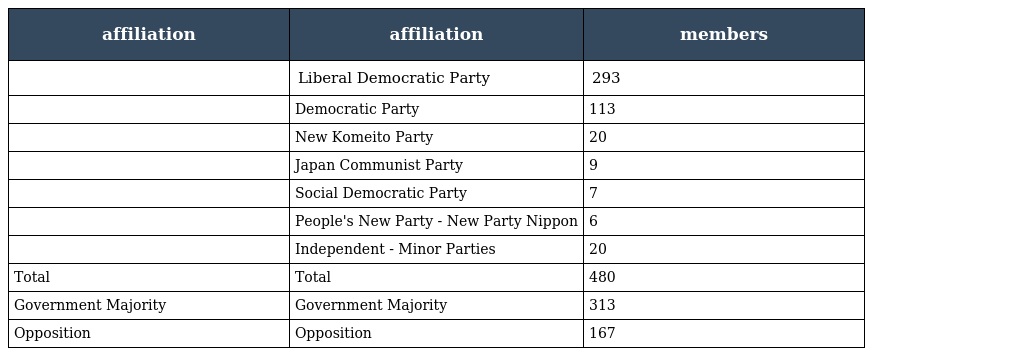
| affiliation | affiliation | members |
 | --- | --- | --- |
 |  | Liberal Democratic Party | 293 |
 |  | Democratic Party | 113 |
 |  | New Komeito Party | 20 |
 |  | Japan Communist Party | 9 |
 |  | Social Democratic Party | 7 |
 |  | People's New Party - New Party Nippon | 6 |
 |  | Independent - Minor Parties | 20 |
 | Total | Total | 480 |
 | Government Majority | Government Majority | 313 |
 | Opposition | Opposition | 167 |